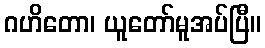
ဂဟိတော၊ ယူတော်မူအပ်ပြီ။